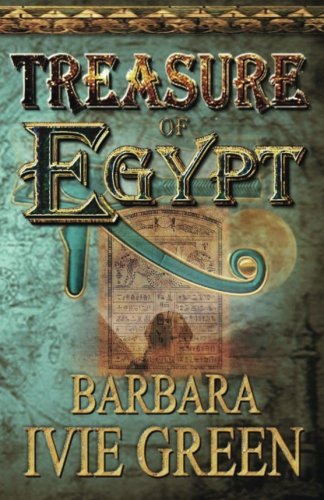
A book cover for Treasure of Egypt: Treasure of the Ancients; Barbara Ivie Green; Romance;